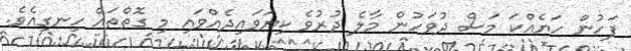
ފަހުން ހަޔެއްކަ މަސް ދުވަހުން މާލެ ދުރުވެ ކިޔަވައިދެއްވައި މި ގޮތްތައް ހިނގިއެވެ.